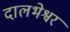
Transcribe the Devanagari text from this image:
दालभेश्वर